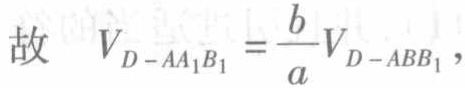
故 \(V_{D - AA_{1}B_{1}}=\frac{b}{a}V_{D - ABB_{1}}\)，